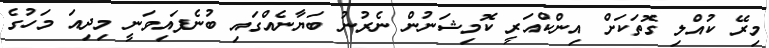
މިރޭ ކުއްލި ގޮތަކަށް އިންކްއަރީ ކޮމިޝަނުން ނެރުނު ބަޔާނެއްގައި ބުނެފައިވަނީ މިދިއަ މަހުގެ